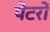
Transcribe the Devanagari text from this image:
पेंटरों